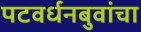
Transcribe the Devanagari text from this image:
पटवर्धनबुवांचा